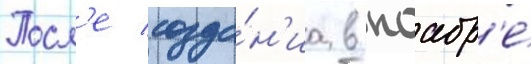
Посл'е созда́н'иа в ноабр'е́